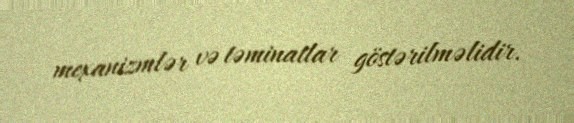
mexanizmlər və təminatlar göstərilməlidir.